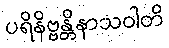
ပရိနိဗ္ဗန္တိနာသဝါတိ